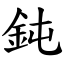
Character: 鈍